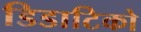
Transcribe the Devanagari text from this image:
डिडाटिको